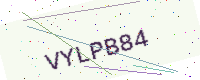
Text: VYLPB84